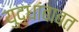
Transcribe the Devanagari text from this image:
युद्धांबाबत